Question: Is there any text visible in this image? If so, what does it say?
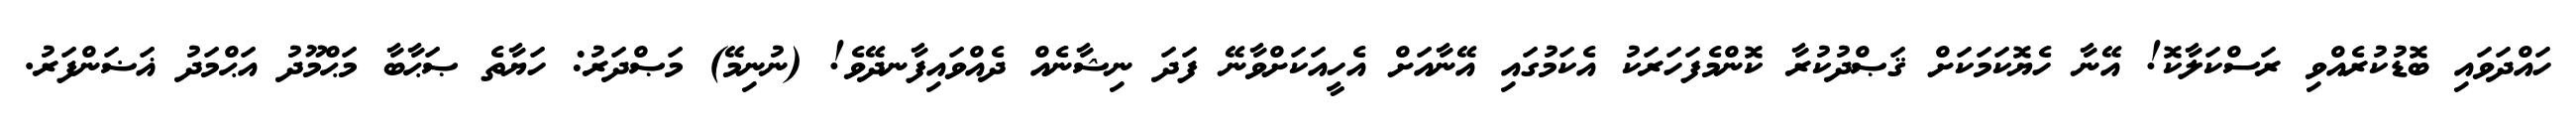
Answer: ހައްދަވައި ބޮޑުކުރެއްވި ރަސްކަލާކޮ! އޭނާ ހެޔޮކަމަކަށް ޤަޞްދުކުރާ ކޮންމެފަހަރަކު އެކަމުގައި އޭނާއަށް އެހީއަކަށްވާނޭ ފަދަ ނިޝާނެއް ދެއްވައިފާނދޭވެ! (ނުނިމޭ) މަޞްދަރު: ހަޔާތެ ޞަޙާބާ މަޙްމޫދު އަޙްމަދު ޣަޟަންފަރު.